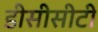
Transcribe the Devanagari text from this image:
डीसीसीटी